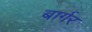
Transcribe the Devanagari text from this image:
बार्गर